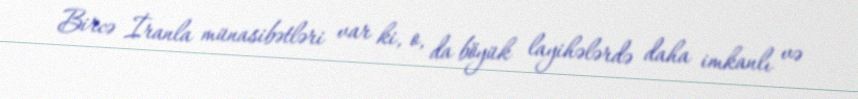
Bircə İranla münasibətləri var ki, o, da böyük layihələrdə daha imkanlı və